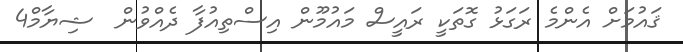
ޤައުމަށް އެންމެ ރަގަޅު ގޮތަކީ ރައީސް މައުމޫން އިސްތިއުފާ ދެއްވުން  ޝިޔާމް4